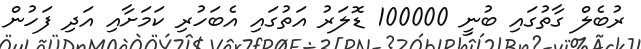
ރުބެލް ގާތުގައި ބުނީ 100000 ޑޮލަރު އަތުގައި އެބަހުރި ކަމަށާއި އަދި ފަހުން